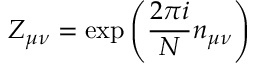
Z _ { \mu \nu } = \exp \left( \frac { 2 \pi i } { N } n _ { \mu \nu } \right)